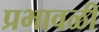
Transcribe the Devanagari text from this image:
प्रभावळी